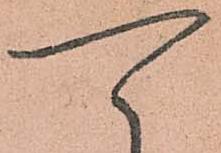
可